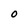
Character: O